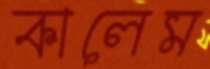
কালেম